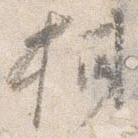
柑